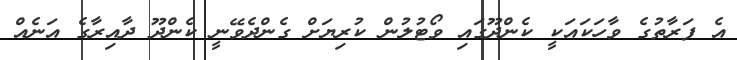
އެ ފަރާތުގެ ވާހަކައަކީ ކެންދޫގައި ވޯޓުލުން ކުރިޔަށް ގެންދެވޭނީ ކެންދޫ ދާއިރާގެ އަނެއް